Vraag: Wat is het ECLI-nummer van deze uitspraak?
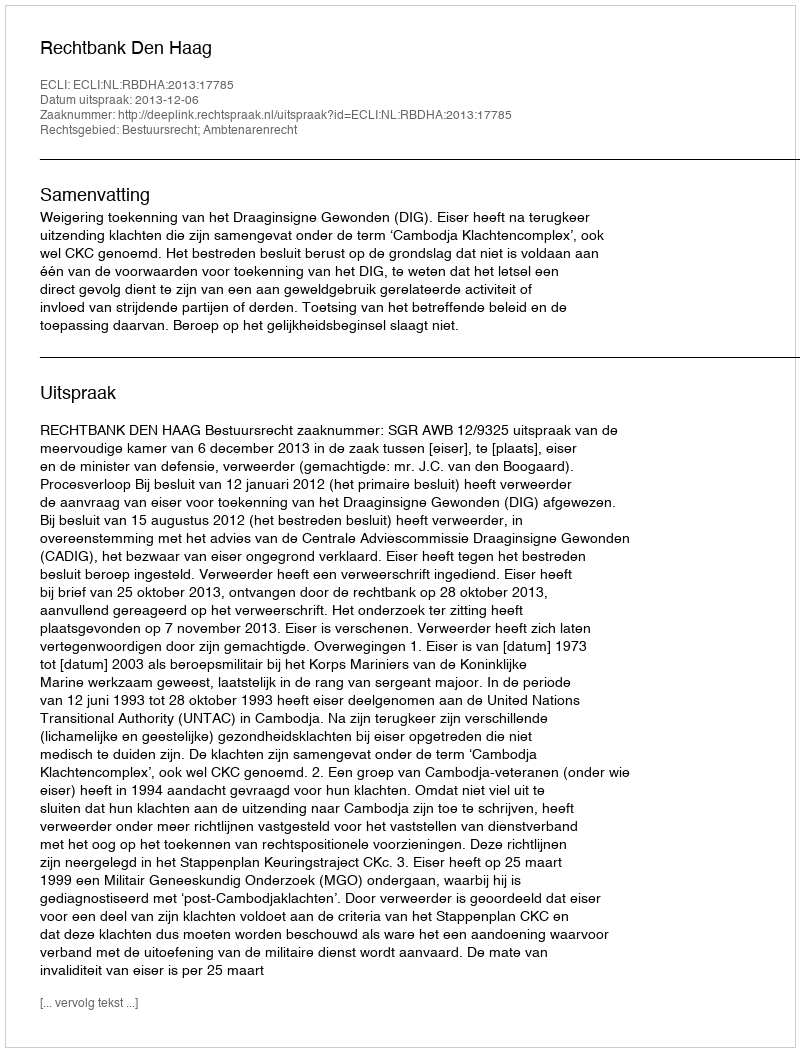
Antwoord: ECLI:NL:RBDHA:2013:17785